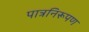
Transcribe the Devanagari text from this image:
पात्रनिरूपण